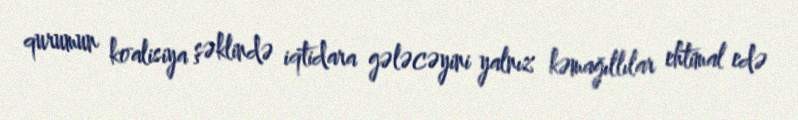
qurumun koalisiya şəklində iqtidara gələcəyini yalnız kəmağıllılar ehtimal edə